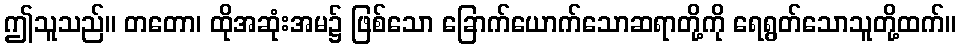
ဤသူသည်။ တတော၊ ထိုအဆုံးအမ၌ ဖြစ်သော ခြောက်ယောက်သောဆရာတို့ကို ရေရွတ်သောသူတို့ထက်။